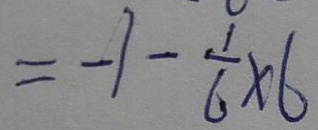
= - 1 - \frac { 1 } { 6 } \times 6